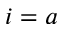
i = a